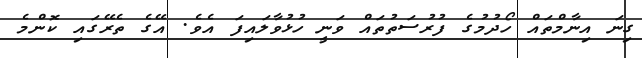
ގިނަ އިނާމްތައް ހޯދުމުގެ ފުރުސަތުތައް ވަނީ ހުޅުވާލައިފަ އެވެ. އޭގެ ތެރޭގައި ކޮންމެ